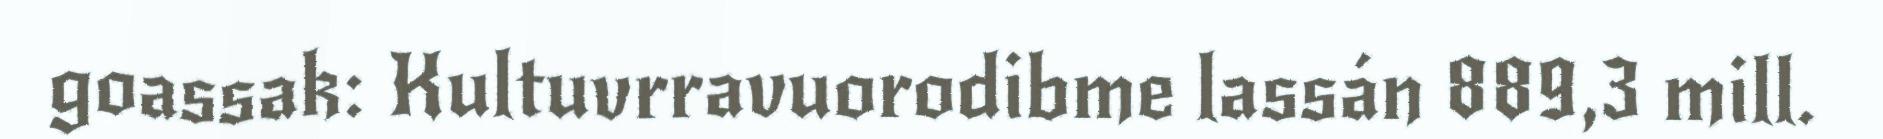
goassak: Kultuvrravuorodibme lassán 889,3 mill.